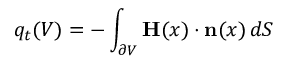
q _ { t } ( V ) = - \int _ { \partial V } \mathbf { H } ( x ) \cdot \mathbf { n } ( x ) \, d S